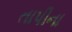
તાપીના